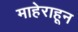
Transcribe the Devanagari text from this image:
माहेराहून